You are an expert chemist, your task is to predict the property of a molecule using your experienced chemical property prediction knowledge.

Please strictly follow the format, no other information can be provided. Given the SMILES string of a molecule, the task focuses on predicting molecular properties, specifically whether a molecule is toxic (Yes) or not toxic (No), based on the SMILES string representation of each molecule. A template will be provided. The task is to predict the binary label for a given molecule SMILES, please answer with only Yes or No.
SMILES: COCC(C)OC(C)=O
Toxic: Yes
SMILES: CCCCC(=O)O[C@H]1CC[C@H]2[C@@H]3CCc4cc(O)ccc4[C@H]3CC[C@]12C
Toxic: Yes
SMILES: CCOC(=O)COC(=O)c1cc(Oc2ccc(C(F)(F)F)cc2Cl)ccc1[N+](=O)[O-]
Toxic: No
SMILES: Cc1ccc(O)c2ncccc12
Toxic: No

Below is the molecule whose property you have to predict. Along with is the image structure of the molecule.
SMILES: CC1=C(/C=C/C(C)=C\C=C/C(C)=C/C(=O)O)C(C)(C)CCC1
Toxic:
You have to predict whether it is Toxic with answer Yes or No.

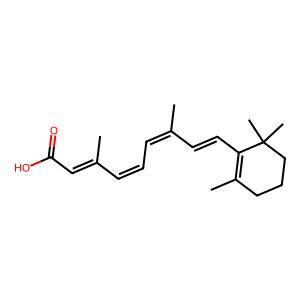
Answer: No